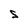
Character: S